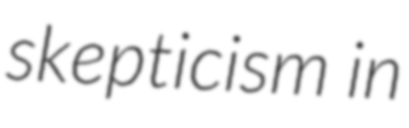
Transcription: skepticism in